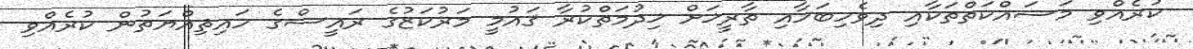
ކުރެއްވި މަސައްކަތްތަކާއި ދިވެހިބަހާއި ތާރީޚަށް ޚިދުމަތްކުރާ ޤައުމީ މަރުކަޒުގެ ރައީސްގެ ހައިޘިއްޔަތުން ކުރެއްވި